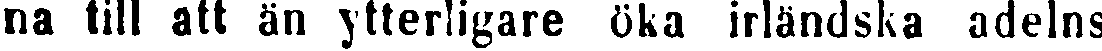
na till att än ytterligare öka irländska adelns